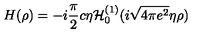
H ( \rho ) = - i \frac { \pi } { 2 } c \eta { \cal H } _ { 0 } ^ { ( 1 ) } ( i \sqrt { 4 \pi e ^ { 2 } } \eta \rho )